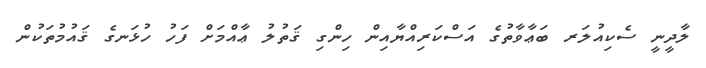
ލާދީނީ ސެކިއުލަރ ބަޢާވާތުގެ އަސްކަރިއްޔާއިން ހިންގި ޤަތުލު ޢާއްމަށް ފަހު ހުޅަނގެ ޤައުމުތަކުން